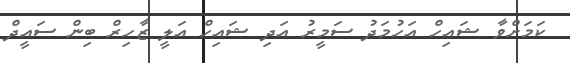
ކަމަށްވާ ޝައިހް އަހުމަދު ސަމީރު އަދި ޝައިހް އަލީ ޒާހިރް ބިން ސައީދް